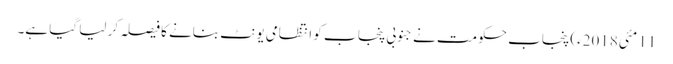
11 مئی2018ء) پنجاب حکومت نے جنوبی پنجا ب کو انتظامی یونٹ بنانے کا فیصلہ کر لیا گیا ہے۔